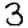
Digit: 3